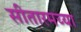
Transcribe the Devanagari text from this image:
सीतारमय्या